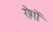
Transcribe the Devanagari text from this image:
रोगाें